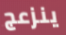
ينزعج